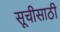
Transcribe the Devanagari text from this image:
सूचीसाठी